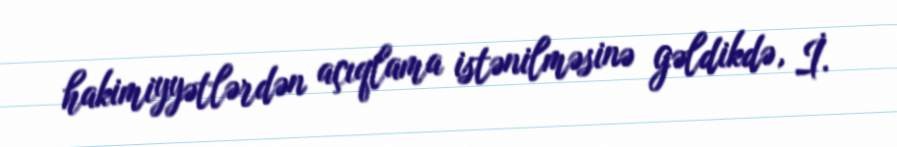
hakimiyyətlərdən açıqlama istənilməsinə gəldikdə, İ.